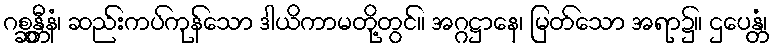
ဂစ္ဆန္တီနံ၊ ဆည်းကပ်ကုန်သော ဒါယိကာမတို့တွင်။ အဂ္ဂဋ္ဌာနေ၊ မြတ်သော အရာ၌။ ဌပေန္တံ၊